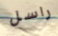
راسل